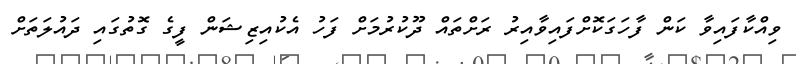
ވިއްކާފައިވާ ކަން ފާހަގަކޮށްފައިވާއިރު ރަށްތައް ދޫކުރުމަށް ފަހު އެކުއިޒިޝަން ފީގެ ގޮތުގައި ދައުލަތަށް